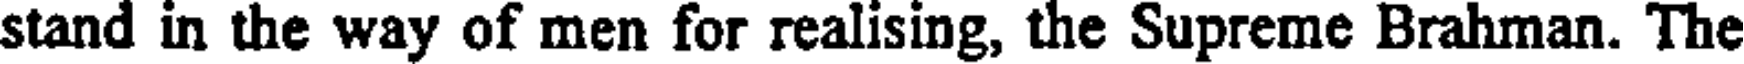
stand in the way of men for realising, the Supreme Brahman. The